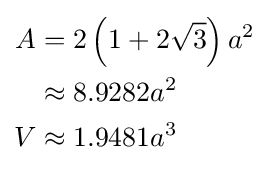
{\begin{aligned}A&=2\left(1+2{\sqrt {3}}\right)a^{2}\\&\approx 8.9282a^{2}\\V&\approx 1.9481a^{3}\end{aligned}}